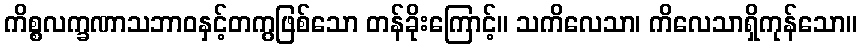
ကိစ္စလက္ခဏာသဘာဝနှင့်တကွဖြစ်သော တန်ခိုးကြောင့်။ သကိလေသာ၊ ကိလေသာရှိကုန်သော။